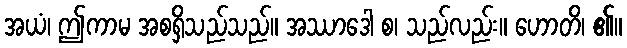
အယံ၊ ဤကာမ အစရှိသည်သည်။ အဿာဒေါ စ၊ သည်လည်း။ ဟောတိ၊ ၏။